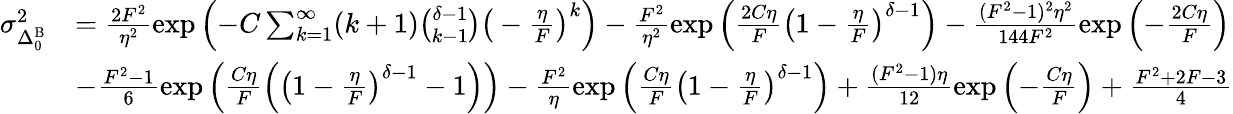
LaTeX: \begin{array}{rl}{\sigma_{\Delta_{0}^{\mathrm{B}}}^{2}}&{=\frac{2F^{2}}{\eta^{2}}\exp{\left(-C\sum_{k=1}^{\infty}(k+1){\binom{\delta-1}{k-1}}\big(-\frac{\eta}{F}\big)^{k}\right)}-\frac{F^{2}}{\eta^{2}}\exp{\left(\frac{2C\eta}{F}\big(1-\frac{\eta}{F}\big)^{\delta-1}\right)}-\frac{(F^{2}-1)^{2}\eta^{2}}{144F^{2}}\exp{\left(-\frac{2C\eta}{F}\right)}}\\ &{-\frac{F^{2}-1}{6}\exp{\left(\frac{C\eta}{F}\Big(\big(1-\frac{\eta}{F}\big)^{\delta-1}-1\Big)\right)}-\frac{F^{2}}{\eta}\exp{\left(\frac{C\eta}{F}\big(1-\frac{\eta}{F}\big)^{\delta-1}\right)}+\frac{(F^{2}-1)\eta}{12}\exp{\left(-\frac{C\eta}{F}\right)}+\frac{F^{2}+2F-3}{4}}\end{array}